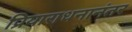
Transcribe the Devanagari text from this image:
प्रियाराधनानंतर